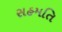
સહમતિ